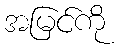
အမြင်ကို